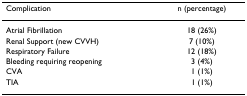
<table><thead><tr><td><b>Complication</b></td><td><b>n (percentage)</b></td></tr></thead><tbody><tr><td>Atrial Fibrillation</td><td>18 (26%)</td></tr><tr><td>Renal Support (new CVVH)</td><td>7 (10%)</td></tr><tr><td>Respiratory Failure</td><td>12 (18%)</td></tr><tr><td>Bleeding requiring reopening</td><td>3 (4%)</td></tr><tr><td>CVA</td><td>1 (1%)</td></tr><tr><td>TIA</td><td>1 (1%)</td></tr></tbody></table>